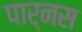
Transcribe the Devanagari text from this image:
पार्नस